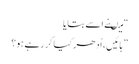
“ میںنے اسے بتایا
” ہائیں ، اُدھر کیا کر رہے ہو؟